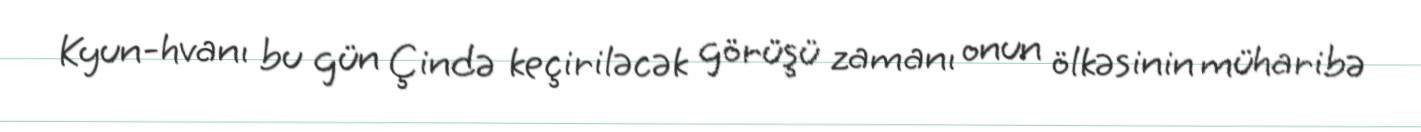
Kyun-hvanı bu gün Çində keçiriləcək görüşü zamanı onun ölkəsinin müharibə